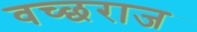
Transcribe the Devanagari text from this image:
वच्छराज